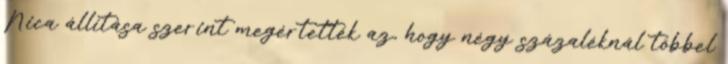
Nica állítása szerint megértették az, hogy négy százaléknál többel